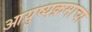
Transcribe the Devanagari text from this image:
आयुष्यक्रमाचा